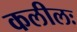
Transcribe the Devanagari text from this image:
कलीलः